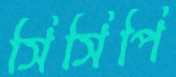
সিসিপি